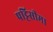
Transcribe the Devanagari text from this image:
पट्टिसीमा